Indian journal of veterinary science and animal husbandry - Volume 2,
Year: 1932
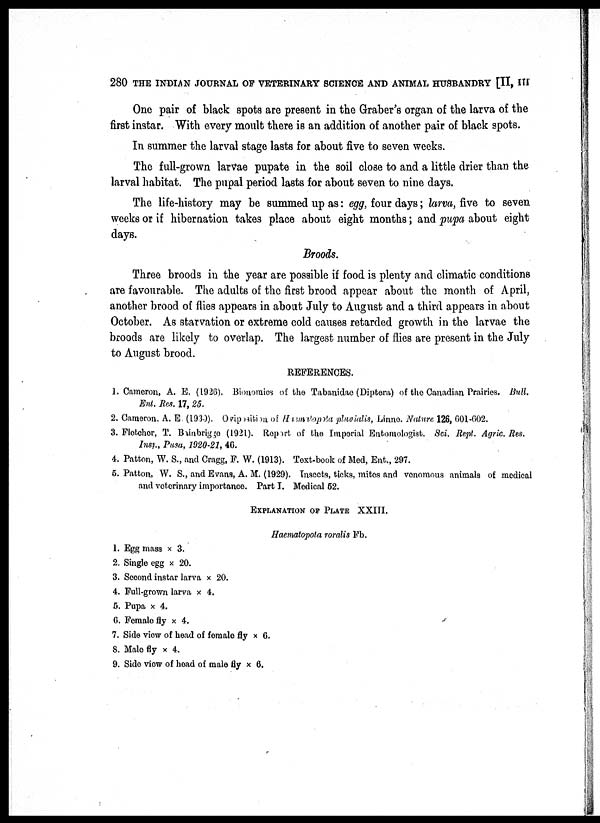
280 THE INDIAN JOURNAL OF VETERINARY SCIENCE AND ANIMAL HUSBANDRY [II, III
One pair of black spots are present in the Graber's organ of the larva of the
first instar. With every moult there is an addition of another pair of black spots.
In summer the larval stage lasts for about five to seven weeks.
The full-grown larvae pupate in the soil close to and a little drier than the
larval habitat. The pupal period lasts for about seven to nine days.
The life-history may be summed up as: egg, four days; larva, five to seven
weeks or if hibernation takes place about eight months; and pupa about eight
days.
Broods.
Three broods in the year are possible if food is plenty and climatic conditions
are favourable. The adults of the first brood appear about the month of April,
another brood of flies appears in about July to August and a third appears in about
October. As starvation or extreme cold causes retarded growth in the larvae the
broods are likely to overlap. The largest number of flies are present in the July
to August brood.
REFERENCES.
1. Cameron, A. E. (1926). Bionomics of the Tabanidae (Diptera) of the Canadian Prairies. Bull.
Ent. Res. 17, 25.
2. Cameron, A. E (1930). Oviposition of Haemaopota pluvialis, Linno. Nature 126, 001-602.
3. Flotchor, T. Brainbrigge (1921). Report of the Imperial Entomologist. Sci. Rept. Agric. Res.
Inst., Pusa, 1920-21, 46.
4. Pattern, W. S., and Cragg, F. W. (1913). Text-book of Med, Ent., 297.
5. Patton, W. S., and Evans, A. M. (1929). Insects, ticks, mites and venomous animals of medical
and veterinary importance. Part I. Medical 52.
EXPLANATION OF PLATE XXIII.
Haematopota roralis Fb.
1. Egg mass × 3.
2. Single egg × 20.
3. Second instar larva × 20.
4. Full-grown larva × 4.
5. Pupa × 4.
6. Female fly × 4.
7. Side view of head of female fly × 6.
8. Male fly × 4.
9. Side view of head of male fly × 6.